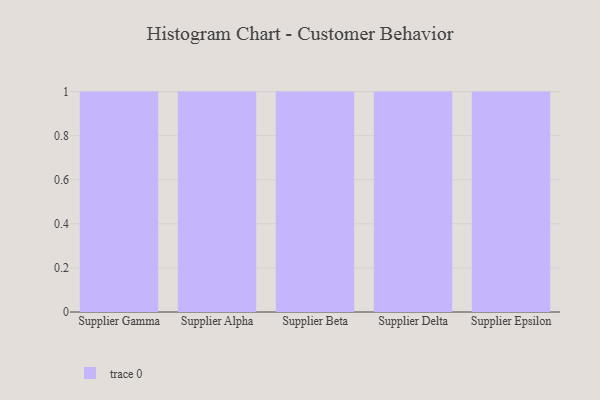
{"axis": {"x": "Supplier", "y": "Latency (ms)"}, "legend": [""], "data": [{"x": "Supplier Gamma", "y": 57, "type": ""}, {"x": "Supplier Alpha", "y": 51, "type": ""}, {"x": "Supplier Beta", "y": 16, "type": ""}, {"x": "Supplier Delta", "y": 92, "type": ""}, {"x": "Supplier Epsilon", "y": 96, "type": ""}]}